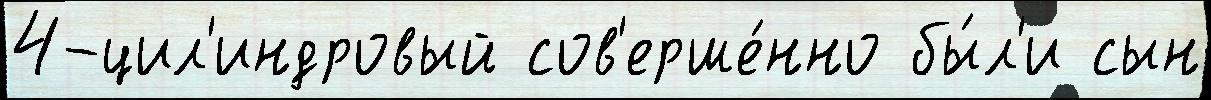
4-цил'индровый сов'ерше́нно бы́л'и сын